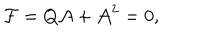
LaTeX: { \cal F } = Q { \cal A } + { \cal A } ^ { 2 } = 0 ,